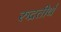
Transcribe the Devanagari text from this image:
रुद्रतीर्थ